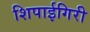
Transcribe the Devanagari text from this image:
शिपाईगिरी